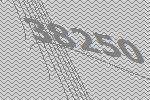
38250